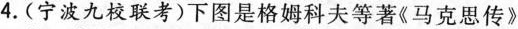
4.(宁波九校联考)下图是格姆科夫等著《马克思传》